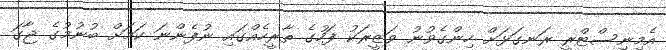
އެމިނިސްޓްރީ ރަނގަޅަށް ހިންގެވުނު ވަޒީރަކު ފަހުގެ ތާރީހެއްގައި ނުފެންނަ ކަމަށް ބުނުމުގެ ޖާގަ